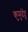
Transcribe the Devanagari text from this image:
कुमुदेंदु